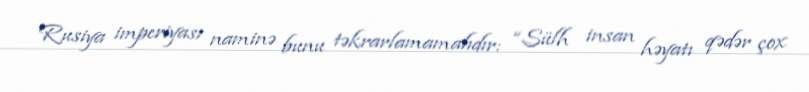
Rusiya imperiyası naminə bunu təkrarlamamalıdır: “Sülh insan həyatı qədər çox